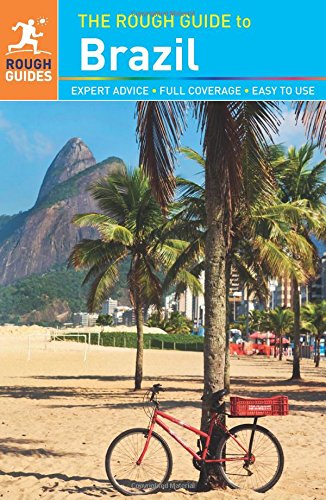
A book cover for The Rough Guide to Brazil; Rough Guides; Travel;